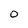
Character: O